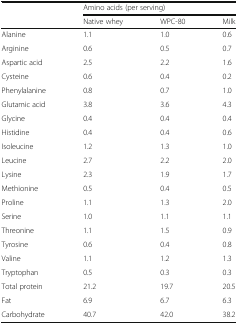
| <ROWSPAN=2>  | <COLSPAN=3> Amino acids (per serving) |
 | Native whey | WPC-80 | Milk |
 | --- | --- | --- | --- |
 | Alanine | 1.1 | 1.0 | 0.6 |
 | Arginine | 0.6 | 0.5 | 0.7 |
 | Aspartic acid | 2.5 | 2.2 | 1.6 |
 | Cysteine | 0.6 | 0.4 | 0.2 |
 | Phenylalanine | 0.8 | 0.7 | 1.0 |
 | Glutamic acid | 3.8 | 3.6 | 4.3 |
 | Glycine | 0.4 | 0.4 | 0.4 |
 | Histidine | 0.4 | 0.4 | 0.6 |
 | Isoleucine | 1.2 | 1.3 | 1.0 |
 | Leucine | 2.7 | 2.2 | 2.0 |
 | Lysine | 2.3 | 1.9 | 1.7 |
 | Methionine | 0.5 | 0.4 | 0.5 |
 | Proline | 1.1 | 1.3 | 2.0 |
 | Serine | 1.0 | 1.1 | 1.1 |
 | Threonine | 1.1 | 1.5 | 0.9 |
 | Tyrosine | 0.6 | 0.4 | 0.8 |
 | Valine | 1.1 | 1.2 | 1.3 |
 | Tryptophan | 0.5 | 0.3 | 0.3 |
 | Total protein | 21.2 | 19.7 | 20.5 |
 | Fat | 6.9 | 6.7 | 6.3 |
 | Carbohydrate | 40.7 | 42.0 | 38.2 |